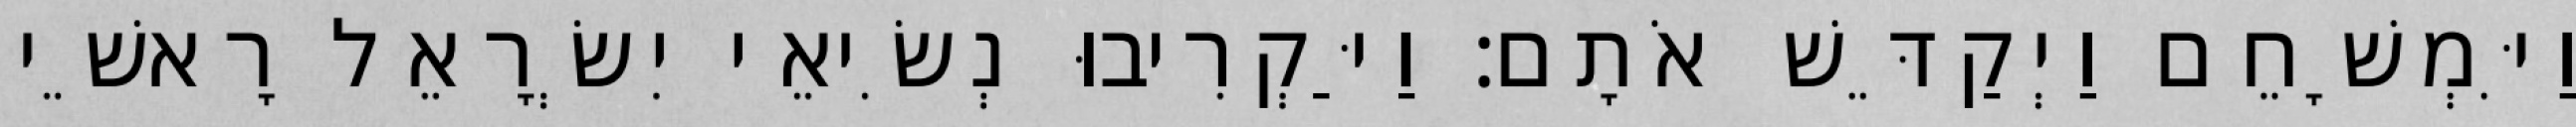
וַיִּמְשָׁחֵם וַיְקַדֵּשׁ אֹתָם׃ וַיַּקְרִיבוּ נְשִׂיאֵי יִשְׂרָאֵל רָאשֵׁי